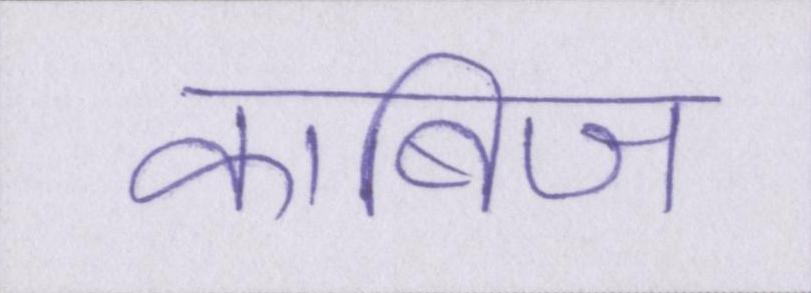
काबिज